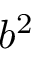
b ^ { 2 }